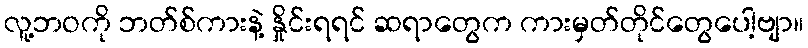
လူ့ဘဝကို ဘတ်စ်ကားနဲ့ နှိုင်းရရင် ဆရာတွေက ကားမှတ်တိုင်တွေပေါ့ဗျာ။